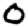
Digit: 0